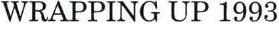
WRAPPING UP 1993